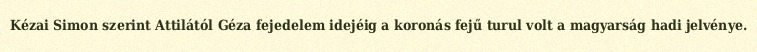
Kézai Simon szerint Attilától Géza fejedelem idejéig a koronás fejű turul volt a magyarság hadi jelvénye.